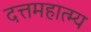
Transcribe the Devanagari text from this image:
दत्तमहात्म्य